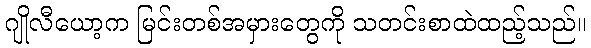
ဂျိုလီယော့က မြင်းတစ်အမှားတွေကို သတင်းစာထဲထည့်သည်။